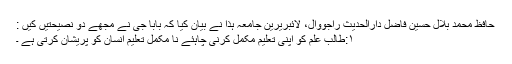
حافظ محمد بلال حسین فاضل دارالحدیث راجووال، لائبریرین جامعہ ہذا نے بیان کیا کہ بابا جی نے مجھے دو نصیحتیں کیں :
۱:طالب علم کو اپنی تعلیم مکمل کرنی چاہئے نا مکمل تعلیم انسان کو پریشان کرتی ہے ۔